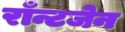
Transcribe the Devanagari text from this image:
राँन्टजेन